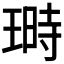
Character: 𤨅